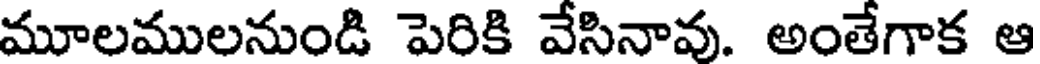
మూలములనుండి పెరికి వేసినావు. అంతేగాక ఆ